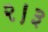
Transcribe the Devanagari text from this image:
२।३